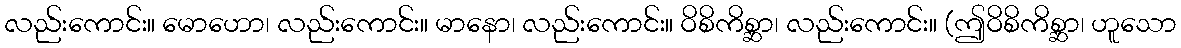
လည်းကောင်း။ မောဟော၊ လည်းကောင်း။ မာနော၊ လည်းကောင်း။ ဝိစိကိစ္ဆာ၊ လည်းကောင်း။ (ဤဝိစိကိစ္ဆာ၊ ဟူသော